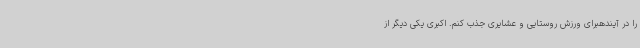
را در آیندهبرای ورزش روستایی و عشایری جذب کنم. اکبری یکی دیگر از